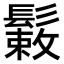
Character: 𩮸